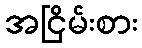
အငြိမ်းစား